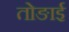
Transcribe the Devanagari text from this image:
तोङाई